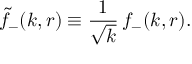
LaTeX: \tilde { f } _ { - } ( k , r ) \equiv { \frac { 1 } { \sqrt { k } } } \, f _ { - } ( k , r ) .